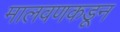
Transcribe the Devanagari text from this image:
मालवणकडून